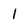
Character: I